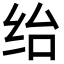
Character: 绐